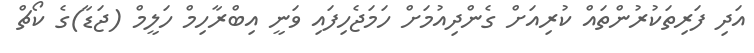
އަދި ފަރިތަކުރުންތައް ކުރިއަށް ގެންދިއުމަށް ހަމަޖެހިފައި ވަނީ އިބްރާހިމް ހަލީމް (ޖަޑާ)ގެ ކޯޗް